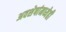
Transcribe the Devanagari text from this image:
अवशेषांमध्येही